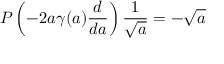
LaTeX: P \left( - 2 a \gamma ( a ) { \frac { d } { d a } } \right) { \frac { 1 } { \sqrt { a } } } = - \sqrt { a }